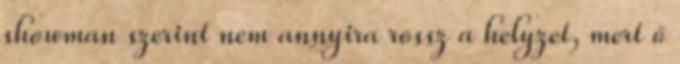
showman szerint nem annyira rossz a helyzet, mert ő